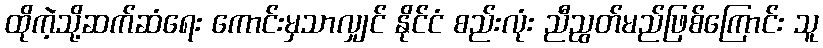
ထိုကဲ့သို့ဆက်ဆံရေး ကောင်းမှသာလျှင် နိုင်ငံ စည်းလုံး ညီညွတ်မည်ဖြစ်ကြောင်း သူ